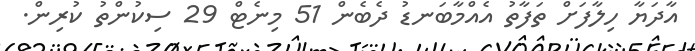
އާދަޔާ ހިލާފަށް ތަފާތު އެއްމާބަނޑު ދެބެން 51 މިނެޓް 29 ސިކުންތު ކުރިން.